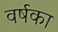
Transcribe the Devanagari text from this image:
वर्षका